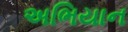
અભિયાન